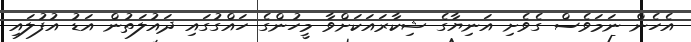
އެހެން ނަމަވެސް ގެވެށި އަނިޔާގެ ޝިކާރައަކަށްވާ މީހުންގެ ހައްގުގައި ދައުލަތުން އަޑު އުފުލައި